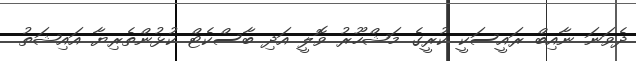
ދެވަނަ ނާއިބް ރައީސަކީ ކުރީގެ މަޝްހޫރު ވޮލީ އަދި ބާސްކެޓް ކުޅުންތެރިޔާ އައިޝަތު